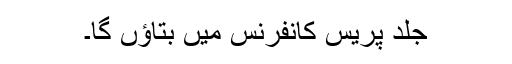
جلد پریس کانفرنس میں بتاؤں گا۔